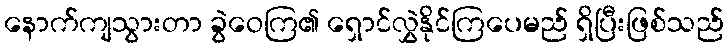
နောက်ကျသွားတာ ခွဲဝေကြ၏ ရှောင်လွှဲနိုင်ကြပေမည် ရှိပြီးဖြစ်သည်